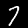
Label: 7